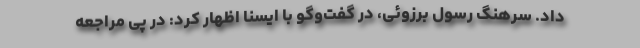
داد. سرهنگ رسول برزوئی، در گفت‌وگو با ایسنا اظهار کرد: در پی مراجعه